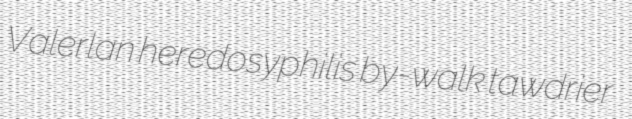
Valerlan heredosyphilis by-walk tawdrier